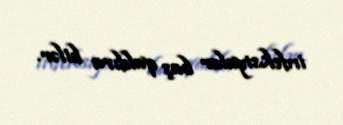
infeksiyalar baş qaldıra bilər.